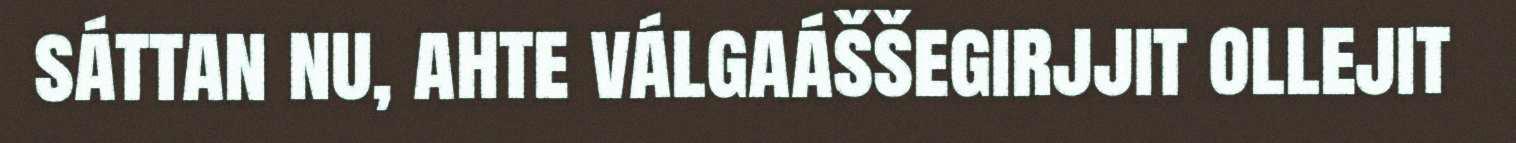
sáttan nu, ahte válgaáššegirjjit ollejit